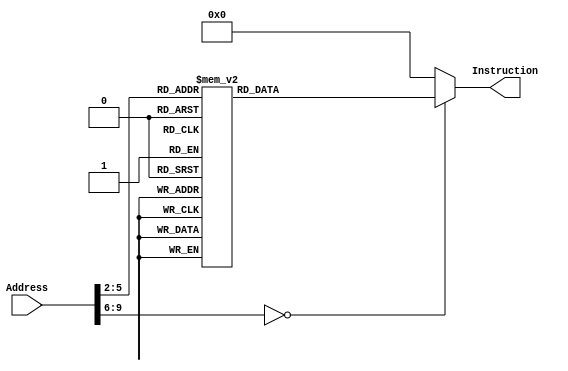

module InstructionMemory(Address, Instruction);
	input [31:0] Address;
	output reg [31:0] Instruction;
	
	always @(*)
		case (Address[9:2])
			// addi $a0, $zero, 12345 #(0x3039)
			8'd0:    Instruction <= {6'h08, 5'd0 , 5'd4 , 16'h3039};
			// addiu $a1, $zero, -11215 #(0xd431)
			8'd1:    Instruction <= {6'h09, 5'd0 , 5'd5 , 16'hd431};
			// sll $a2, $a1, 16
			8'd2:    Instruction <= {6'h00, 5'd0 , 5'd5 , 5'd6 , 5'd16 , 6'h00};
			// sra $a3, $a2, 16
			8'd3:    Instruction <= {6'h00, 5'd0 , 5'd6 , 5'd7 , 5'd16 , 6'h03};
			// beq $a3, $a1, L1
			8'd4:    Instruction <= {6'h04, 5'd7 , 5'd5 , 16'h0001};
			// lui $a0, -11111 #(0xd499)
			8'd5:    Instruction <= {6'h0f, 5'd0 , 5'd4 , 16'hd499};
			// L1:
			// add $t0, $a2, $a0
			8'd6:    Instruction <= {6'h00, 5'd6 , 5'd4 , 5'd8 , 5'd0 , 6'h20};
			// sra $t1, $t0, 8
			8'd7:    Instruction <= {6'h00, 5'd0 , 5'd8 , 5'd9 , 5'd8 , 6'h03};
			// addi $t2, $zero, -12345 #(0xcfc7)
			8'd8:    Instruction <= {6'h08, 5'd0 , 5'd10, 16'hcfc7};
			// slt $v0, $a0, $t2
			8'd9:    Instruction <= {6'h00, 5'd4 , 5'd10 , 5'd2 , 5'd0 , 6'h2a};
			// sltu $v1, $a0, $t2
			8'd10:   Instruction <= {6'h00, 5'd4 , 5'd10 , 5'd3 , 5'd0 , 6'h2b};
			// Loop:
			// j Loop
			8'd11:   Instruction <= {6'h02, 26'd11};
			
			default: Instruction <= 32'h00000000;
		endcase
		
endmodule